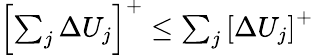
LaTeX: \begin{array}{r}{\left[\sum_{j}\Delta U_{j}\right]^{+}\leq\sum_{j}\left[\Delta U_{j}\right]^{+}}\end{array}